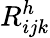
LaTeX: R_{ijk}^{h}